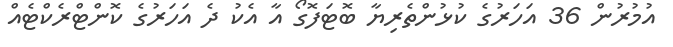
އުމުރުން 36 އަހަރުގެ ކުޅުންތެރިޔާ ބޮޓަފޮގޯ އާ އެކު ދެ އަހަރުގެ ކޮންޓްރެކްޓެއް